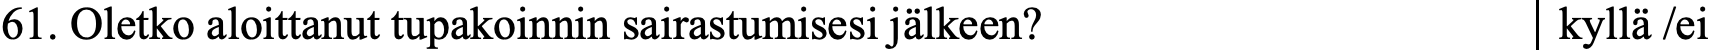
61. Oletko aloittanut tupakoinnin sairastumisesi jälkeen? kyllä /ei